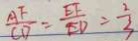
\frac { A F } { C D } = \frac { E F } { E D } = \frac { 2 } { 3 }